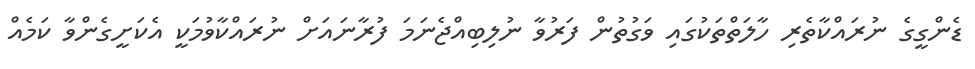
ޑެންގީގެ ނުރައްކާތެރި ހާލަތްތަކުގައި ވަގުތުން ފަރުވާ ނުލިބިއްޖެނަމަ ފުރާނައަށް ނުރައްކާވުމަކީ އެކަށީގެންވާ ކަމެއް